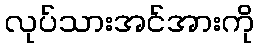
လုပ်သားအင်အားကို